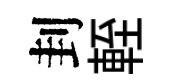
刲輊